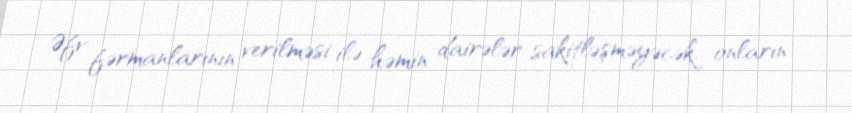
Əfv fərmanlarının verilməsi ilə həmin dairələr sakitləşməyəcək, onların